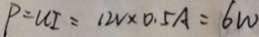
P = U I = 1 2 V \times 0 . 5 A = 6 W